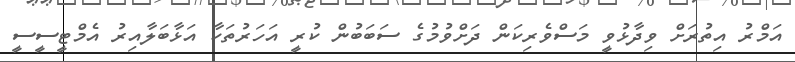
އަމްރު އިތުރަށް ވިދާޅުވީ މަސްވެރިކަން ދަށްވުމުގެ ސަބަބުން ކުރީ އަހަރުތަކާ އަޅާބަލާއިރު އެމްޓީސީސީ